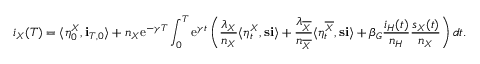
i _ { X } ( T ) = \langle \eta _ { 0 } ^ { X } , \mathbf { i } _ { T , 0 } \rangle + n _ { X } \mathrm { e } ^ { - \gamma T } \int _ { 0 } ^ { T } \mathrm { e } ^ { \gamma t } \left( \frac { \lambda _ { X } } { n _ { X } } \langle \eta _ { t } ^ { X } , \mathbf { s } \mathbf { i } \rangle + \frac { \lambda _ { \overline { { X } } } } { n _ { \overline { { X } } } } \langle \eta _ { t } ^ { \overline { { X } } } , \mathbf { s } \mathbf { i } \rangle + \beta _ { G } \frac { i _ { H } ( t ) } { n _ { H } } \frac { s _ { X } ( t ) } { n _ { X } } \right) d t .